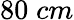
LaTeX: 80\; cm